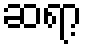
ဆရာ့